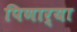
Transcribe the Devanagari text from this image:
पिणार्‍या